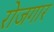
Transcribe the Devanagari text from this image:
राेजगार